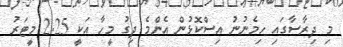
މި ދިރާސާގައި ހިމެނުނު އިސްކޮޅުން އެންމެ ދިގު މީހާ އަކީ 2.25 މީޓަރު